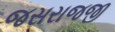
જસરાજજી